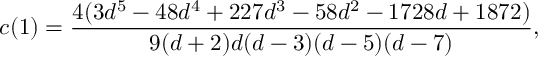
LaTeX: c ( 1 ) = \frac { 4 ( 3 d ^ { 5 } - 4 8 d ^ { 4 } + 2 2 7 d ^ { 3 } - 5 8 d ^ { 2 } - 1 7 2 8 d + 1 8 7 2 ) } { 9 ( d + 2 ) d ( d - 3 ) ( d - 5 ) ( d - 7 ) } ,